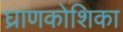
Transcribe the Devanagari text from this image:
घ्राणकोशिका